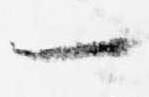
一